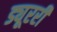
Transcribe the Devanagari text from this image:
ड्यूररी